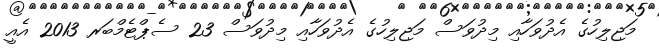
މަޖިލިހުގެ އެދުވަހާއި މިދުވަސް މަޖިލިހުގެ އެދުވަހާއި މިދުވަސް 23 ސެޕްޓެމްބަރ 2013 އެއީ